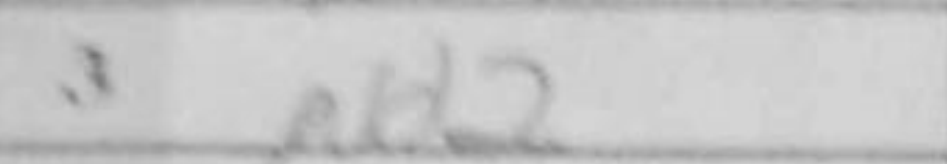
Transcription: Nd2